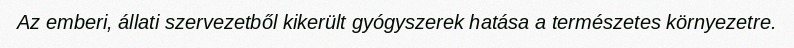
Az emberi, állati szervezetből kikerült gyógyszerek hatása a természetes környezetre.